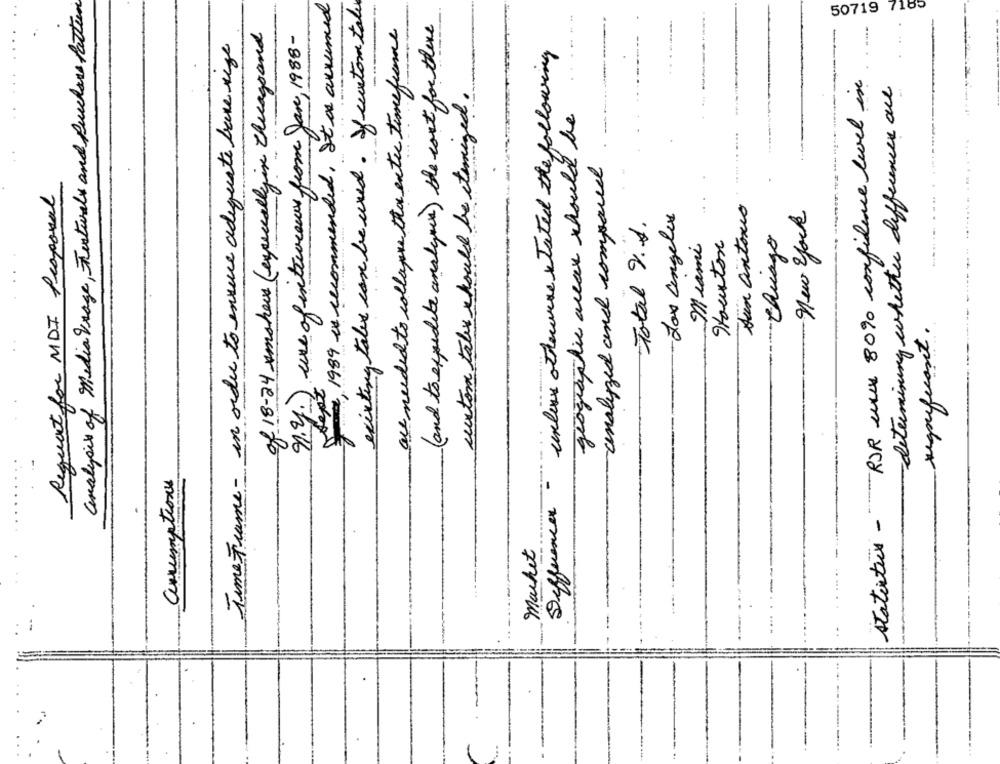
analysis of Media Vrage, Festwall and Purchase fatture
7 2,1989 is recommended, It a accumed
existing tales can be used. If custom tale
50719 7185
of 18-24 smokers (expeciallyin theago and
are needed to collapse the extre timeframe
( and to expedite analysis) the cost for there
use of inteuvreux from Jan, 1988-
Time Frame - in order to ensure adequate bare sige
unless otherwise stated the following
POR un 80% confidence level in
-determining whether differences are
custom take should be itemized.
geographic wear should be
-
...
analyzed and compare
Request for MDI Proposal
San antonio
-Los angeles
new york
Total U.S.
- Chungo
Miami
Houston
regsuficant.
n.y.).
animations
statitur -
Difference
Market
.